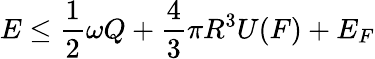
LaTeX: E\leq\frac{1}{2}\omega Q+\frac{4}{3}\pi R^{3}U(F)+E_{F}